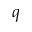
q